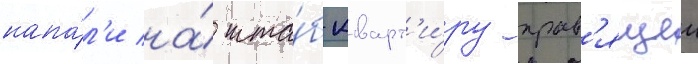
напа́л'и на́ шта́б-кварт'и́ру прав'ящеи